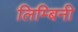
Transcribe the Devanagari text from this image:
लिम्बिनी